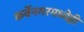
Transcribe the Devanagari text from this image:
कर्वेनगरमध्येही